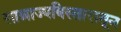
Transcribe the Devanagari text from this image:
साम्राज्यविस्तारातून